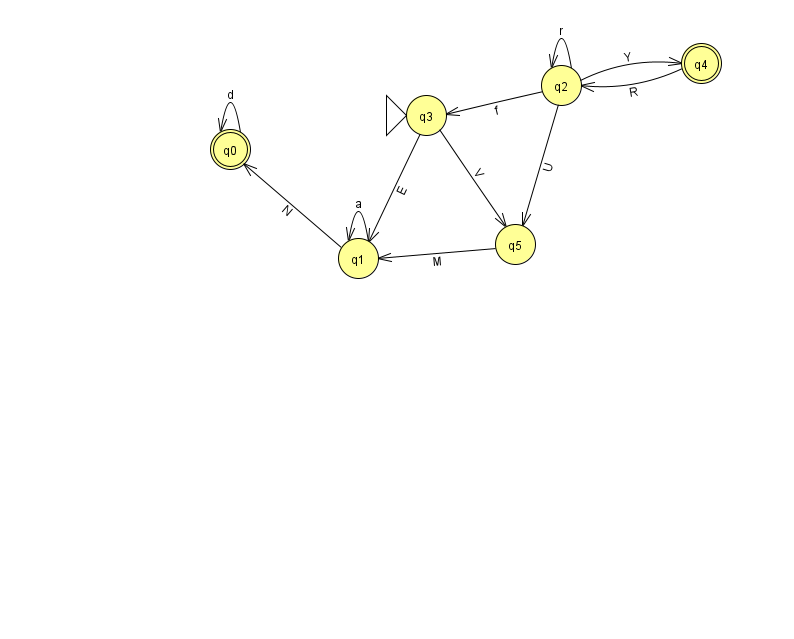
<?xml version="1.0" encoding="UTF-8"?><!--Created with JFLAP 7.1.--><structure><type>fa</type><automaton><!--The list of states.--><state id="0" name="q0"><x>230.0</x><y>136.0</y><final/></state><state id="1" name="q1"><x>358.0</x><y>245.0</y></state><state id="2" name="q2"><x>561.0</x><y>72.0</y></state><state id="3" name="q3"><x>426.0</x><y>102.0</y><initial/></state><state id="4" name="q4"><x>701.0</x><y>50.0</y><final/></state><state id="5" name="q5"><x>515.0</x><y>231.0</y></state><!--The list of transitions.--><transition><from>1</from><to>1</to><read>a</read></transition><transition><from>4</from><to>2</to><read>R</read></transition><transition><from>2</from><to>2</to><read>r</read></transition><transition><from>0</from><to>0</to><read>d</read></transition><transition><from>2</from><to>3</to><read>f</read></transition><transition><from>2</from><to>5</to><read>U</read></transition><transition><from>3</from><to>5</to><read>V</read></transition><transition><from>2</from><to>4</to><read>Y</read></transition><transition><from>5</from><to>1</to><read>M</read></transition><transition><from>1</from><to>0</to><read>N</read></transition><transition><from>3</from><to>1</to><read>E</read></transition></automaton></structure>